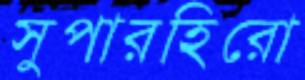
সুপারহিরো